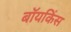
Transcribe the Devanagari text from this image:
बॉयकिंस